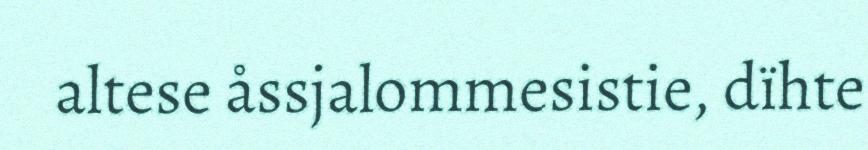
altese åssjalommesistie, dïhte